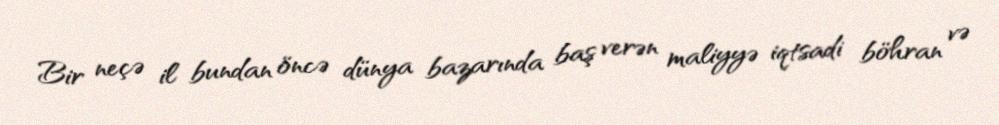
Bir neçə il bundan öncə dünya bazarında baş verən maliyyə iqtsadi böhran və